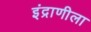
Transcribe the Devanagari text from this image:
इंद्राणीला